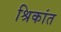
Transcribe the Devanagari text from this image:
श्रिकांत